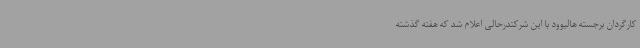
کارگردان برجسته هالیوود با این شرکتدرحالی اعلام شد که هفته گذشته